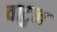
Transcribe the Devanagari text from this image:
वाटुन